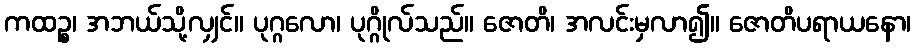
ကထဉ္စ၊ အဘယ်သို့လျှင်။ ပုဂ္ဂလော၊ ပုဂ္ဂိုလ်သည်။ ဇောတိ၊ အလင်းမှလာ၍။ ဇောတိပရာယနော၊